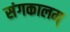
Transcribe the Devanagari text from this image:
संगकालम्